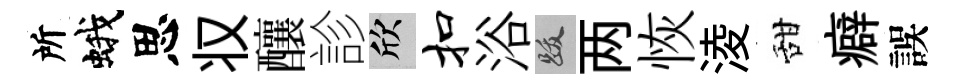
所蛾思𠬧釀診欣扣浴跋两恢淩甜癖誤